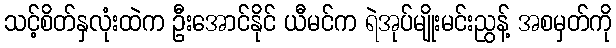
သင့်စိတ်နှလုံးထဲက ဦးအောင်နိုင် ယီမင်က ရဲအုပ်မျိုးမင်းညွန့် အစမှတ်ကို